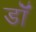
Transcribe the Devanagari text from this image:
डाॅॅ